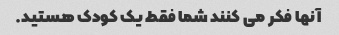
آنها فکر می کنند شما فقط یک کودک هستید.